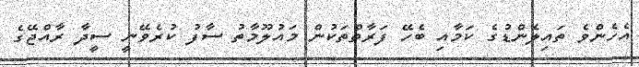
އެހެންވެ ތައިލެންޑުގެ ކަމާއި ބެހޭ ފަރާތްތަކުން މައުލޫމާތު ސާފު ކުރެވޭނީ ސީދާ ރާއްޖޭގެ